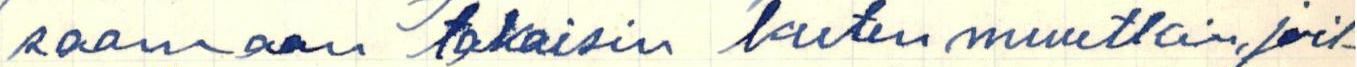
saamaan takaisin kuten muutkin, joil-